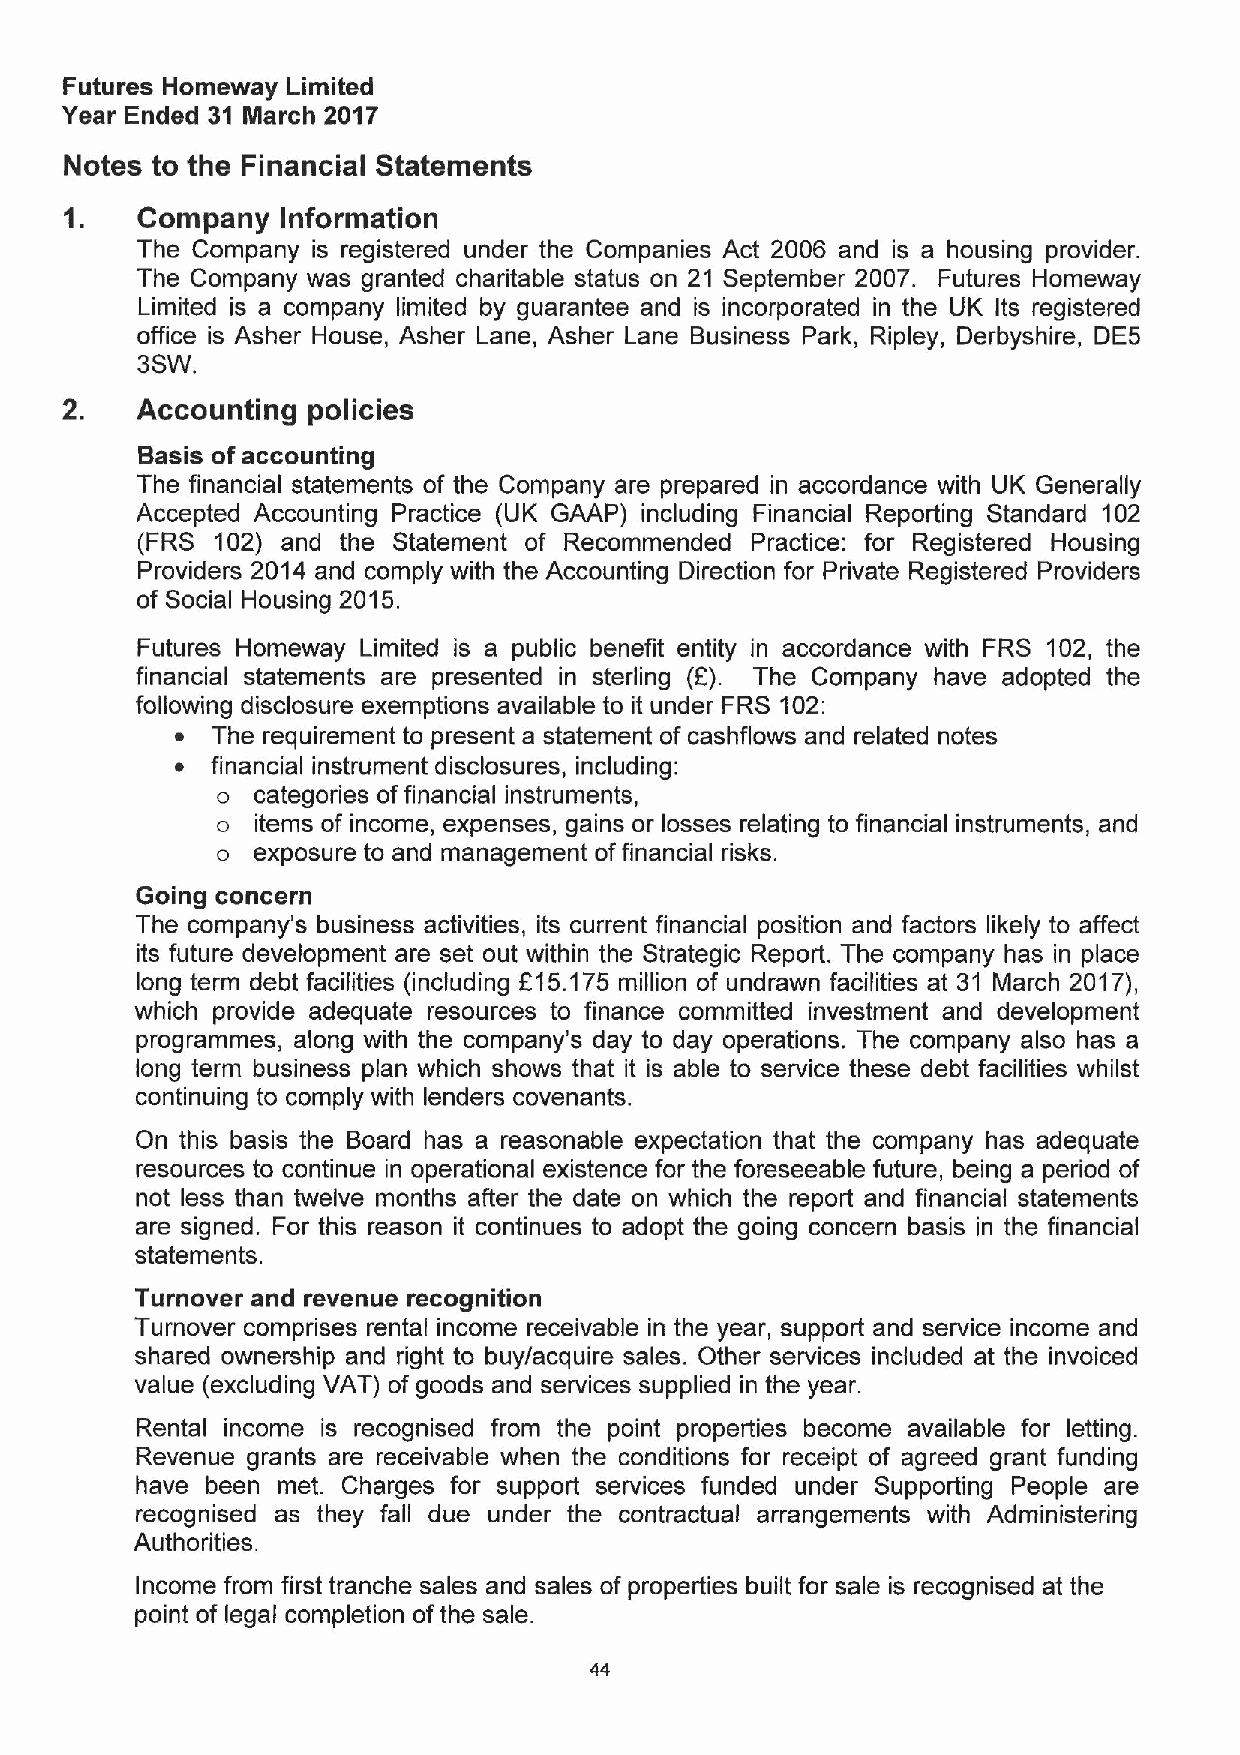
Futures Homeway Limited
 Year Ended 31 March 2017
 Notes to the Financial Statements
 Company   information
 The Company is registered under the Companies Act 2006 and is a housing provider.
 The Company was granted charitable status on 21 September 2007. Futures Homeway
 Limited is a company limited by guarantee and is incorporated in the UK Its registered
 office is Asher House, Asher Lane, Asher Lane Business Park, Ripley, Derbyshire, DE5
 3SW.
 Accounting policies
 Basis ofaccounting
 The financial statements of the Company are prepared in accordance with UK Generally
 Accepted Accounting Practice (UK GAAP) including Financial Reporting Standard 102
 (FRS 102) and the Statement of Recommended Practice: for Registered Housing
 Providers 2014 and comply with the Accounting Direction for Private Registered Providers
 of Social Housing 2015.
 Futures Homeway Limited is a public benefit entity in accordance with FRS 102, the
 financial statements are presented in sterling (F). The Company have adopted the
 following disclosure exemptions available to it under FRS 102:
 ~ The requirement to present a statement of cashflows and related notes
 ~ financial instrument disclosures, including:
 o  categories offinancial instruments,
 o  items of income, expenses, gains or losses relating to financial instruments, and
 o  exposure to and management offinancial risks.
 Going concern
 The company's business activities, its current financial position and factors likely to affect
 its future development are set out within the Strategic Report. The company has in place
 long term debt facilities (including F15.175 million of undrawn facilities at 31 March 2017),
 which provide adequate resources to finance committed investment and development
 programmes, along with the company's day to day operations. The company also has a
 long term business plan which shows that it is able to service these debt facilities whilst
 continuing to comply with lenders covenants.
 On this basis the Board has a reasonable expectation that the company has adequate
 resources to continue in operational existence for the foreseeable future, being a period of
 not less than twelve months after the date on which the report and financial statements
 are signed. For this reason it continues to adopt the going concern basis in the financial
 statements.
 Turnover and revenue recognition
 Turnover comprises rental income receivable in the year, support and service income and
 shared ownership and right to buy/acquire sales. Other services included at the invoiced
 value (excluding VAT) of goods and services supplied in the year.
 Rental income is recognised from the point properties become available for letting.
 Revenue grants are receivable when the conditions for receipt of agreed grant funding
 have been met. Charges for support services funded under Supporting People are
 recognised as they fall due under the contractual arrangements with Administering
 Authorities.
 Income from first tranche sales and sales of properties built for sale is recognised at the
 point of legal completion ofthe sale.
 44